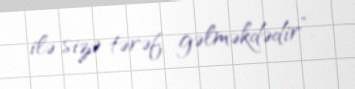
ilə sizə tərəf gəlməkdədir”.